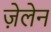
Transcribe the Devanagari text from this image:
ज़ेलेन